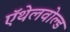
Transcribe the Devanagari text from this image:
ऍथेलवोल्ड